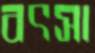
বৎসা